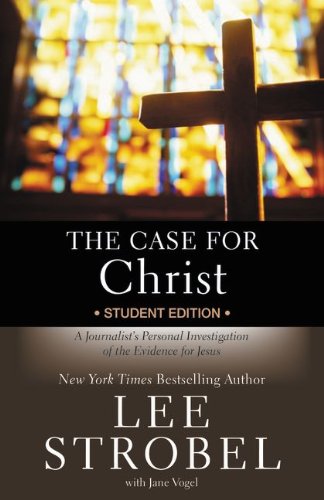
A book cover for The Case for Christ Student Edition: A Journalist's Personal Investigation of the Evidence for Jesus (Case for ... Series for Students); Lee Strobel; Education & Teaching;